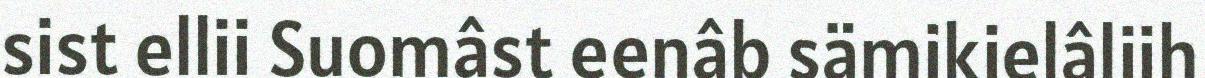
sist ellii Suomâst eenâb sämikielâliih